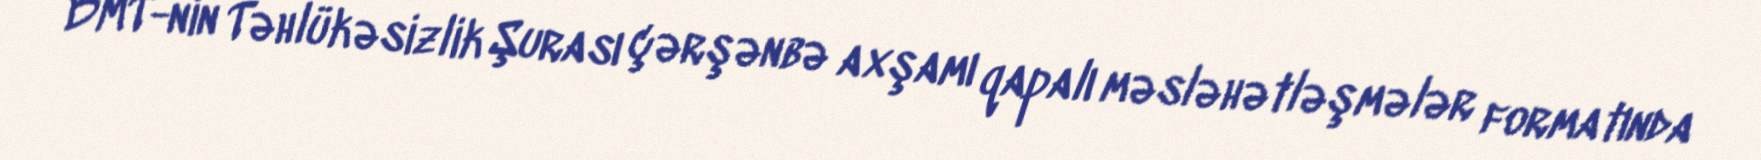
BMT-nin Təhlükəsizlik Şurası çərşənbə axşamı qapalı məsləhətləşmələr formatında